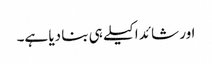
اور شائد اکیلے ہی بنا دیا ہے۔